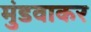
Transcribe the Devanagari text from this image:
मुंडवाकर